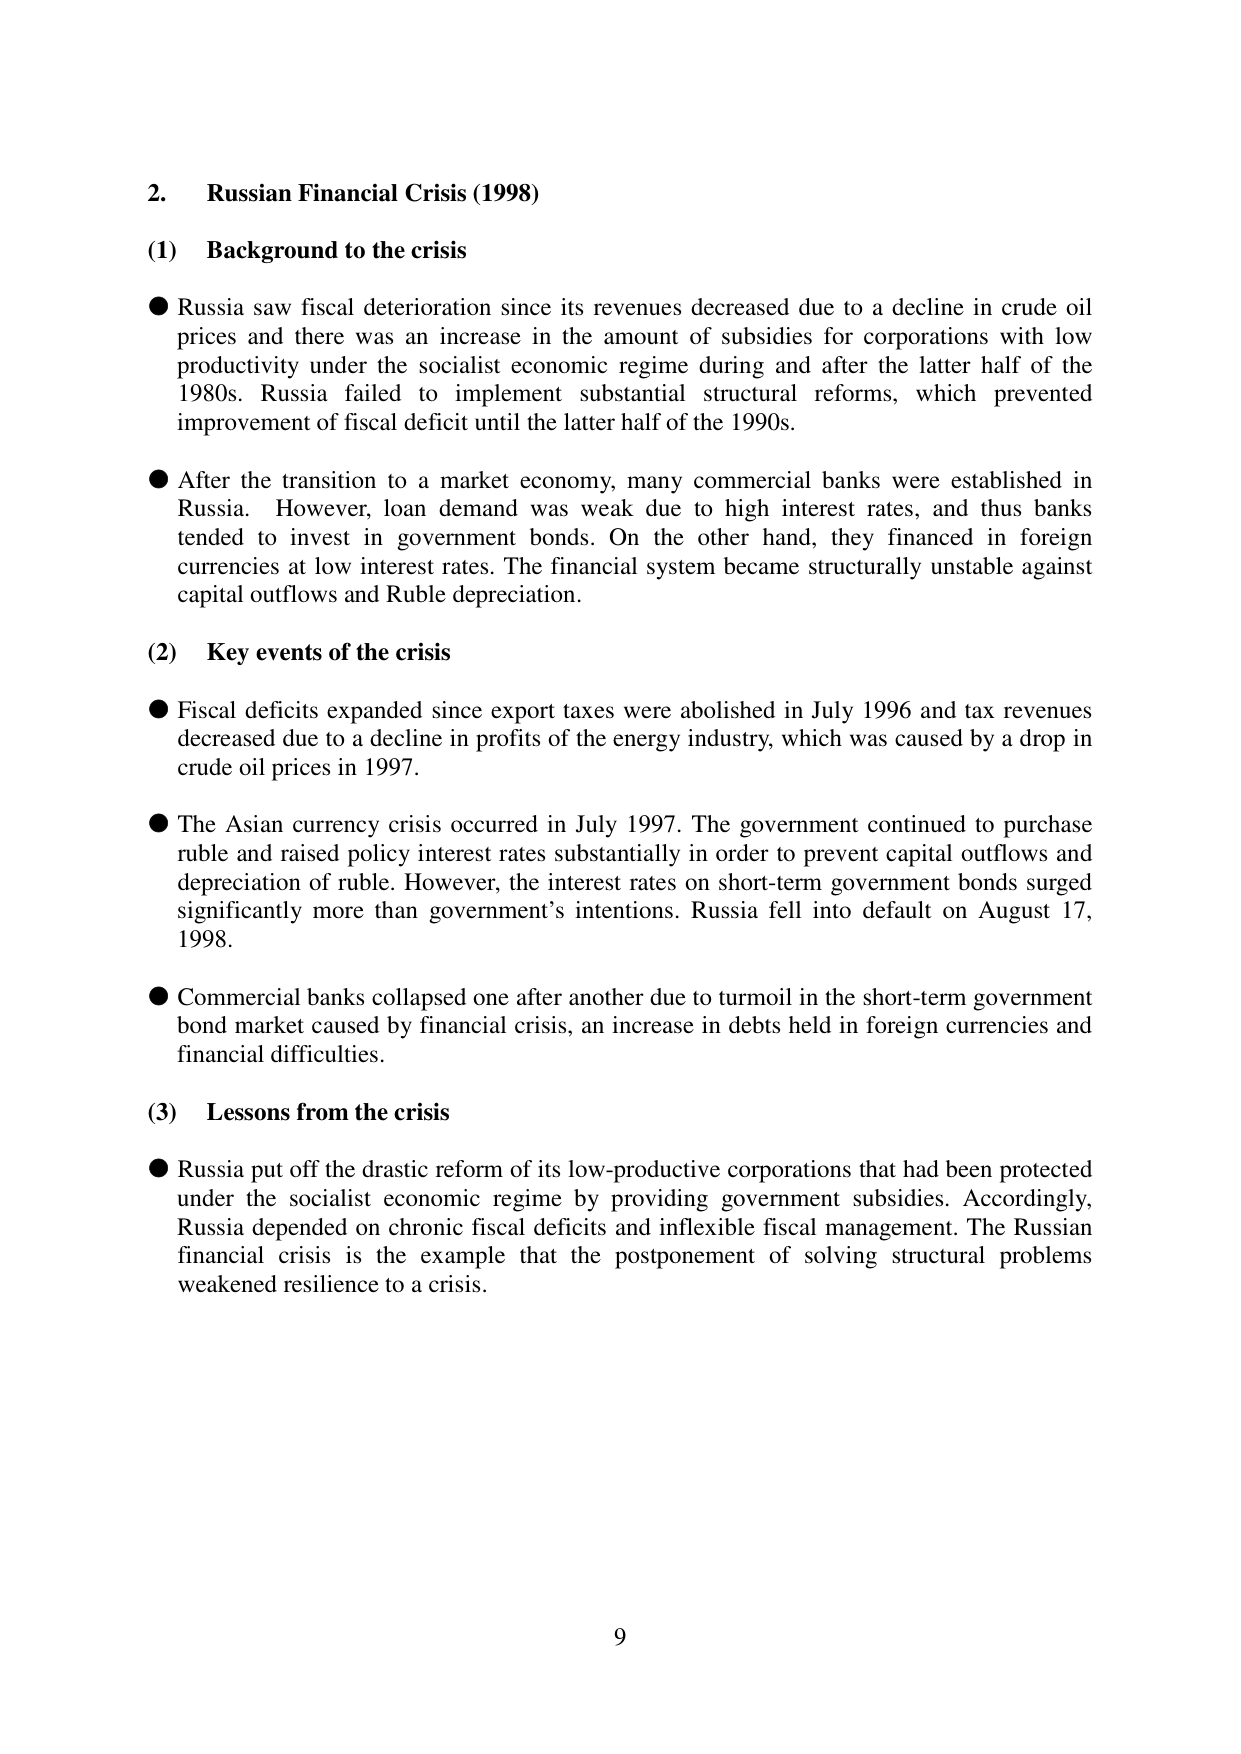
2. Russian Financial Crisis (1998)

(1) Background to the crisis

● Russia saw fiscal deterioration since its revenues decreased due to a decline in crude oil prices and there was an increase in the amount of subsidies for corporations with low productivity under the socialist economic regime during and after the latter half of the 1980s. Russia failed to implement substantial structural reforms, which prevented improvement of fiscal deficit until the latter half of the 1990s.

● After the transition to a market economy, many commercial banks were established in Russia. However, loan demand was weak due to high interest rates, and thus banks tended to invest in government bonds. On the other hand, they financed in foreign currencies at low interest rates. The financial system became structurally unstable against capital outflows and Ruble depreciation.

(2) Key events of the crisis

● Fiscal deficits expanded since export taxes were abolished in July 1996 and tax revenues decreased due to a decline in profits of the energy industry, which was caused by a drop in crude oil prices in 1997.

● The Asian currency crisis occurred in July 1997. The government continued to purchase ruble and raised policy interest rates substantially in order to prevent capital outflows and depreciation of ruble. However, the interest rates on short-term government bonds surged significantly more than government’s intentions. Russia fell into default on August 17, 1998.

● Commercial banks collapsed one after another due to turmoil in the short-term government bond market caused by financial crisis, an increase in debts held in foreign currencies and financial difficulties.

(3) Lessons from the crisis

● Russia put off the drastic reform of its low-productive corporations that had been protected under the socialist economic regime by providing government subsidies. Accordingly, Russia depended on chronic fiscal deficits and inflexible fiscal management. The Russian financial crisis is the example that the postponement of solving structural problems weakened resilience to a crisis.

9